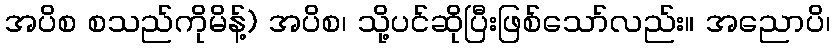
အပိစ စသည်ကိုမိန့်) အပိစ၊ သို့ပင်ဆိုပြီးဖြစ်သော်လည်း။ အညောပိ၊